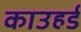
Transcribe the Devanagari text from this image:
काउहर्ड